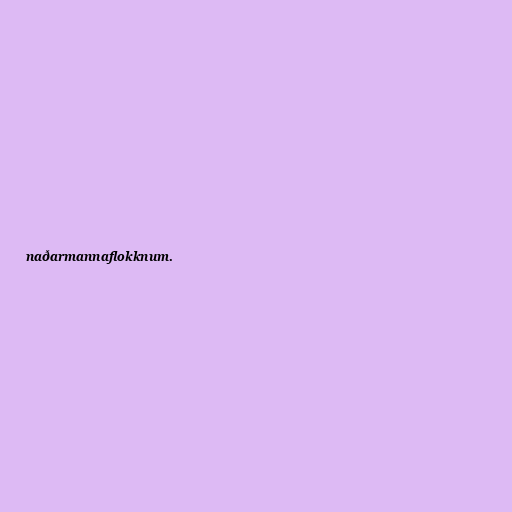
naðarmannaflokknum.